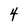
Character: 4